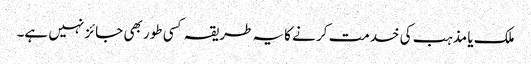
ملک یا مذہب کی خدمت کر نے کایہ طریقہ کسی طور بھی جائز نہیں ہے۔